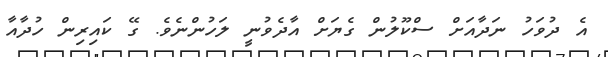
އެ ދުވަހު ނަދާއަށް ސްކޫލުން ގެޔަށް އާދެވުނީ ލަހުންނެވެ. ގޭ ކައިރިން ހުދާއާ